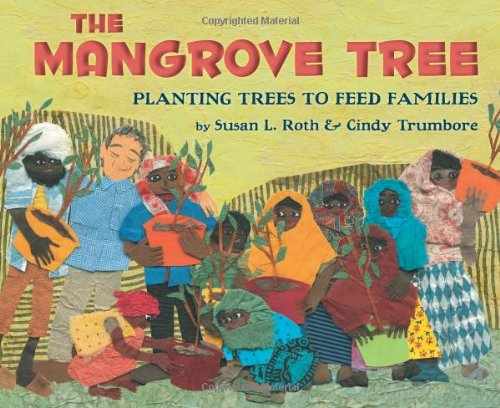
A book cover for The Mangrove Tree: Planting Trees to Feed Families; Susan L. Roth; Children's Books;